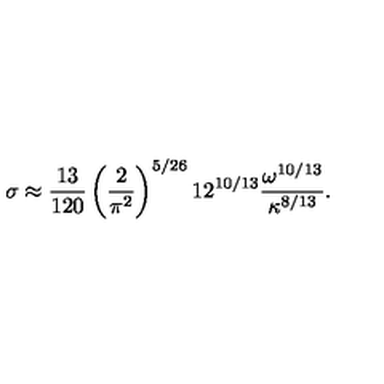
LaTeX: \sigma \approx \frac { 1 3 } { 1 2 0 } \left( \frac { 2 } { \pi ^ { 2 } } \right) ^ { 5 / 2 6 } 1 2 ^ { 1 0 / 1 3 } \frac { \omega ^ { 1 0 / 1 3 } } { \kappa ^ { 8 / 1 3 } } .